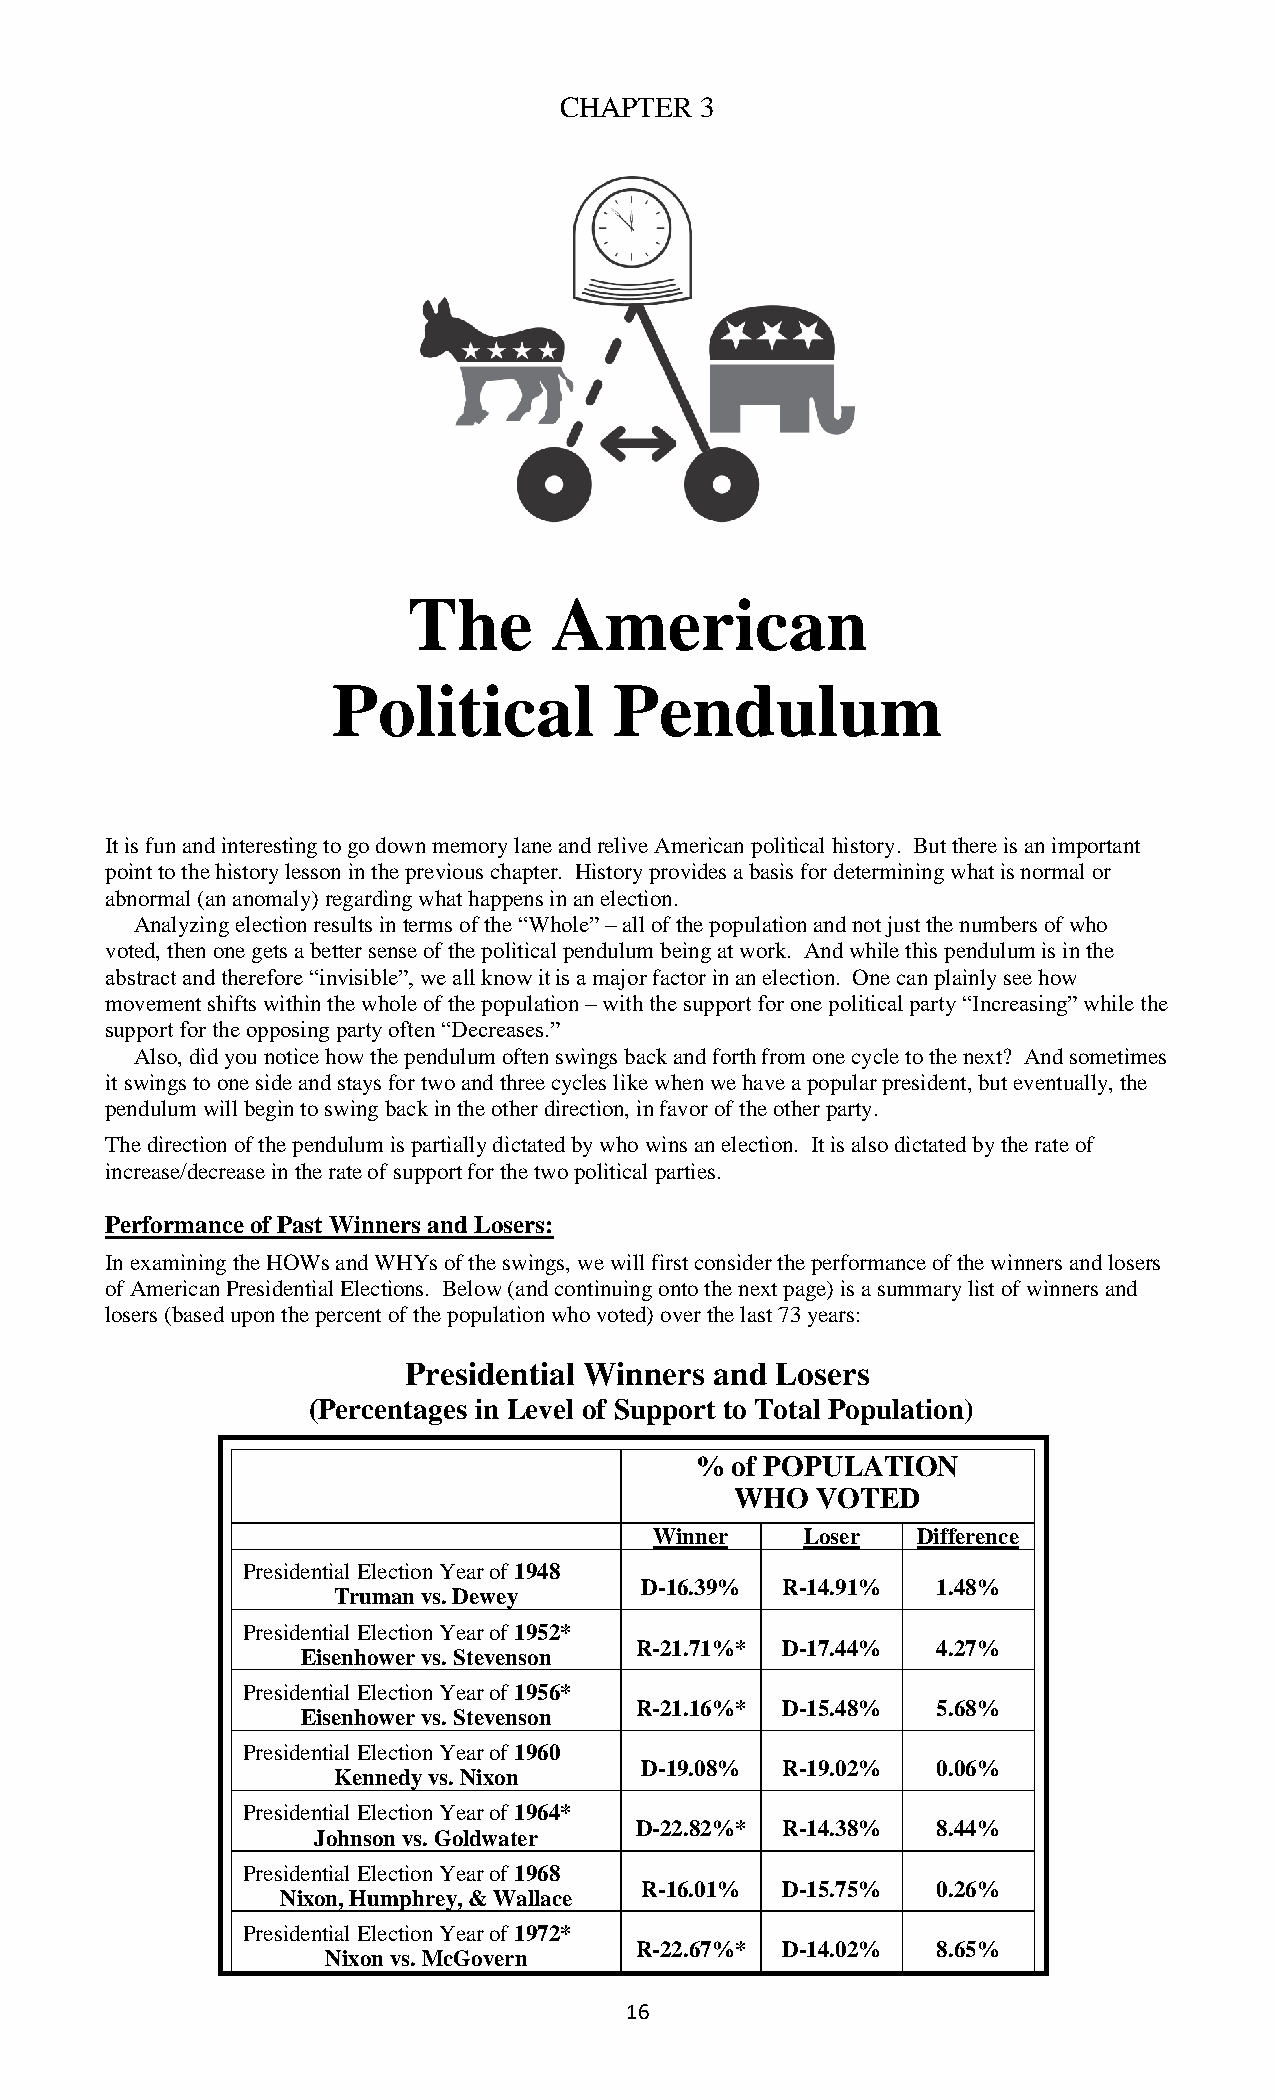
CHAPTER  3
 The      American
 Political          Pendulum
 It is fun and interesting to go down memory lane and relive American political history. But there is an important
 point to the history lesson in the previous chapter. History provides a basis for determining what is normal or
 abnormal (an anomaly) regarding what happens in an election.
 Analyzing election results in terms of the “Whole” – all of the population and not just the numbers of who
 voted, then one gets a better sense of the political pendulum being at work. And while this pendulum is in the
 abstract and therefore “invisible”, we all know it is a major factor in an election. One can plainly see how
 movement shifts within the whole of the population – with the support for one political party “Increasing” while the
 support for the opposing party often “Decreases.”
 Also, did you notice how the pendulum often swings back and forth from one cycle to the next? And sometimes
 it swings to one side and stays for two and three cycles like when we have a popular president, but eventually, the
 pendulum will begin to swing back in the other direction, in favor of the other party.
 The direction of the pendulum is partially dictated by who wins an election. It is also dictated by the rate of
 increase/decrease in the rate of support for the two political parties.
 Performance of Past Winners and Losers:
 In examining the HOWs and WHYs of the swings, we will first consider the performance of the winners and losers
 of American Presidential Elections. Below (and continuing onto the next page) is a summary list of winners and
 losers (based upon the percent of the population who voted) over the last 73 years:
 Presidential Winners and Losers
 (Percentages in Level of Support to Total Population)
 % of POPULATION
 WHO  VOTED
 Winner    Loser   Difference
 Presidential Election Year of 1948
 D-16.39%  R-14.91%  1.48%
 Truman vs. Dewey
 Presidential Election Year of 1952*
 R-21.71%* D-17.44%  4.27%
 Eisenhower vs. Stevenson
 Presidential Election Year of 1956*
 R-21.16%* D-15.48%  5.68%
 Eisenhower vs. Stevenson
 Presidential Election Year of 1960
 D-19.08%  R-19.02%  0.06%
 Kennedy vs. Nixon
 Presidential Election Year of 1964*
 D-22.82%* R-14.38%  8.44%
 Johnson vs. Goldwater
 Presidential Election Year of 1968
 R-16.01%  D-15.75%  0.26%
 Nixon, Humphrey, & Wallace
 Presidential Election Year of 1972*
 R-22.67%* D-14.02%  8.65%
 Nixon vs. McGovern
 16